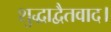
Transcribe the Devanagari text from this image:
शुद्धाद्वैतवाद।